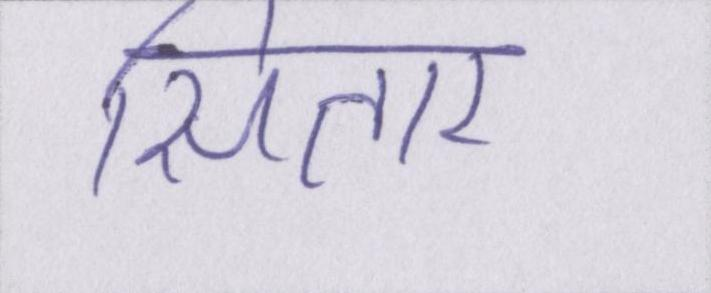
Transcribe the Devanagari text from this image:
सितार